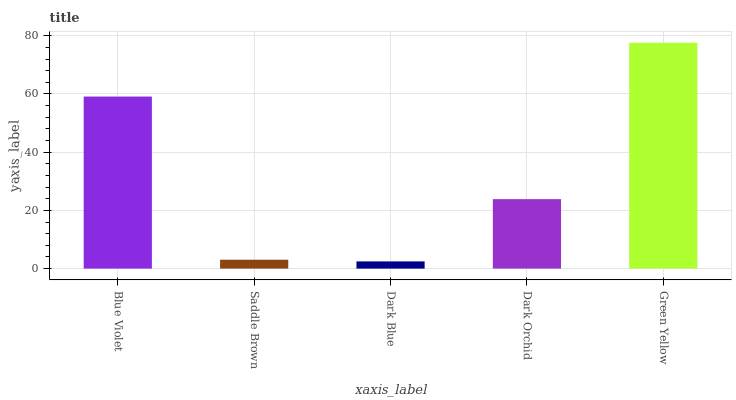
| xaxis_label | bars |
 | --- | --- |
 | Blue Violet | 59.1 |
 | Saddle Brown | 3.06 |
 | Dark Blue | 2.48 |
 | Dark Orchid | 23.9 |
 | Green Yellow | 77.6 |